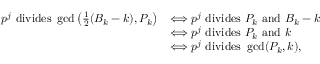
\begin{array} { r l } { p ^ { j } \mathrm { ~ d i v i d e s ~ } \operatorname* { g c d } \left( \frac { 1 } { 2 } ( B _ { k } - k ) , P _ { k } \right) } & { \Longleftrightarrow p ^ { j } \mathrm { ~ d i v i d e s ~ } P _ { k } \mathrm { ~ a n d ~ } B _ { k } - k } \\ & { \Longleftrightarrow p ^ { j } \mathrm { ~ d i v i d e s ~ } P _ { k } \mathrm { ~ a n d ~ } k } \\ & { \Longleftrightarrow p ^ { j } \mathrm { ~ d i v i d e s ~ } \operatorname* { g c d } ( P _ { k } , k ) , } \end{array}